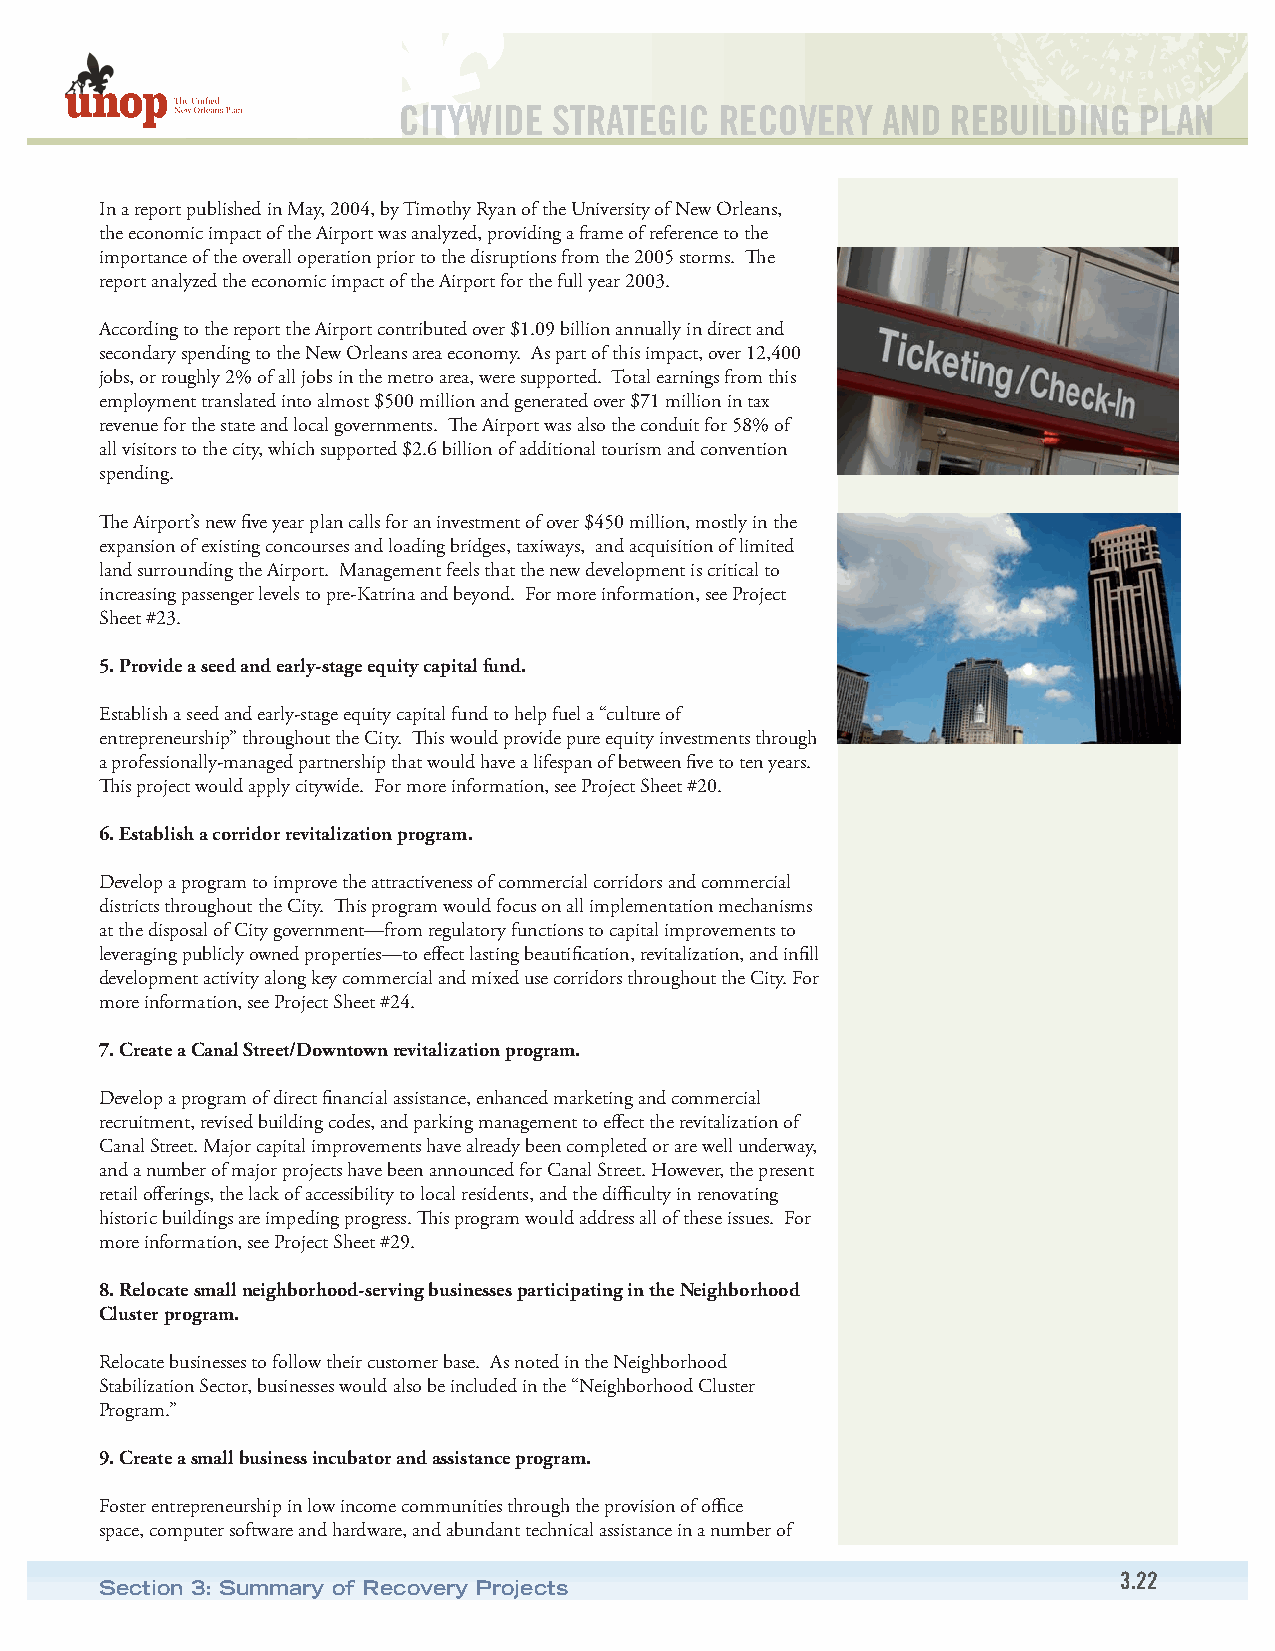
CITYWIDE   STRATEGIC  RECOVERY  AND  REBUILDING  PLAN
 In a report published in May, 2004, by Timothy Ryan of the University of New Orleans,
 the economic impact of the Airport was analyzed, providing a frame of reference to the
 importance of the overall operation prior to the disruptions from the 2005 storms. The
 report analyzed the economic impact of the Airport for the full year 2003.
 According to the report the Airport contributed over $1.09 billion annually in direct and
 secondary spending to the New Orleans area economy. As part of this impact, over 12,400
 jobs, or roughly 2% of all jobs in the metro area, were supported. Total earnings from this
 employment translated into almost $500 million and generated over $71 million in tax
 revenue for the state and local governments. The Airport was also the conduit for 58% of
 all visitors to the city, which supported $2.6 billion of additional tourism and convention
 spending.
 The Airport’s new five year plan calls for an investment of over $450 million, mostly in the
 expansion of existing concourses and loading bridges, taxiways, and acquisition of limited
 land surrounding the Airport. Management feels that the new development is critical to
 increasing passenger levels to pre-Katrina and beyond. For more information, see Project
 Sheet #23.
 5. Provide a seed and early-stage equity capital fund.
 Establish a seed and early-stage equity capital fund to help fuel a “culture of
 entrepreneurship” throughout the City. This would provide pure equity investments through
 a professionally-managed partnership that would have a lifespan of between five to ten years.
 This project would apply citywide. For more information, see Project Sheet #20.
 6. Establish a corridor revitalization program.
 Develop a program to improve the attractiveness of commercial corridors and commercial
 districts throughout the City. This program would focus on all implementation mechanisms
 at the disposal of City government—from regulatory functions to capital improvements to
 leveraging publicly owned properties—to effect lasting beautification, revitalization, and infill
 development activity along key commercial and mixed use corridors throughout the City. For
 more information, see Project Sheet #24.
 7. Create a Canal Street/Downtown revitalization program.
 Develop a program of direct financial assistance, enhanced marketing and commercial
 recruitment, revised building codes, and parking management to effect the revitalization of
 Canal Street. Major capital improvements have already been completed or are well underway,
 and a number of major projects have been announced for Canal Street. However, the present
 retail offerings, the lack of accessibility to local residents, and the difficulty in renovating
 historic buildings are impeding progress. This program would address all of these issues. For
 more information, see Project Sheet #29.
 8. Relocate small neighborhood-serving businesses participating in the Neighborhood
 Cluster program.
 Relocate businesses to follow their customer base. As noted in the Neighborhood
 Stabilization Sector, businesses would also be included in the “Neighborhood Cluster
 Program.”
 9. Create a small business incubator and assistance program.
 Foster entrepreneurship in low income communities through the provision of office
 space, computer software and hardware, and abundant technical assistance in a number of
 3.22
 Section 3: Summary of Recovery Projects